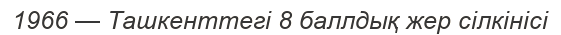
1966 — Ташкенттегі 8 баллдық жер сілкінісі